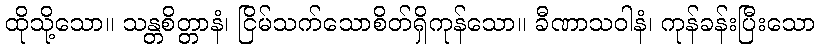
ထိုသို့သော။ သန္တစိတ္တာနံ၊ ငြိမ်သက်သောစိတ်ရှိကုန်သော။ ခီဏာသဝါနံ၊ ကုန်ခန်းပြီးသော